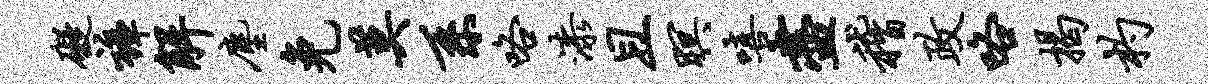
碍裤解尘免莫系咯漆且暝嘻尽稽政咯揭杓